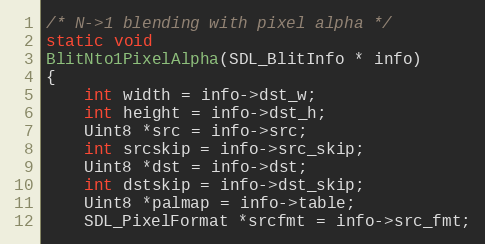
Language: C
/* N->1 blending with pixel alpha */
static void
BlitNto1PixelAlpha(SDL_BlitInfo * info)
{
    int width = info->dst_w;
    int height = info->dst_h;
    Uint8 *src = info->src;
    int srcskip = info->src_skip;
    Uint8 *dst = info->dst;
    int dstskip = info->dst_skip;
    Uint8 *palmap = info->table;
    SDL_PixelFormat *srcfmt = info->src_fmt;